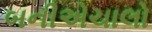
બનીએચાલો